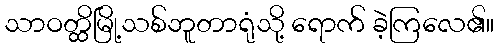
သာဝတ္ထိမြို့သစ်ဘူတာရုံသို့ ရောက် ခဲ့ကြလေ၏။